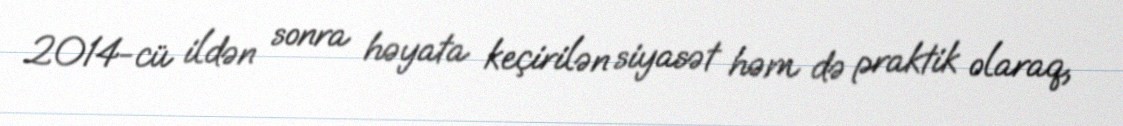
2014-cü ildən sonra həyata keçirilən siyasət həm də praktik olaraq,